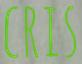
CRIS